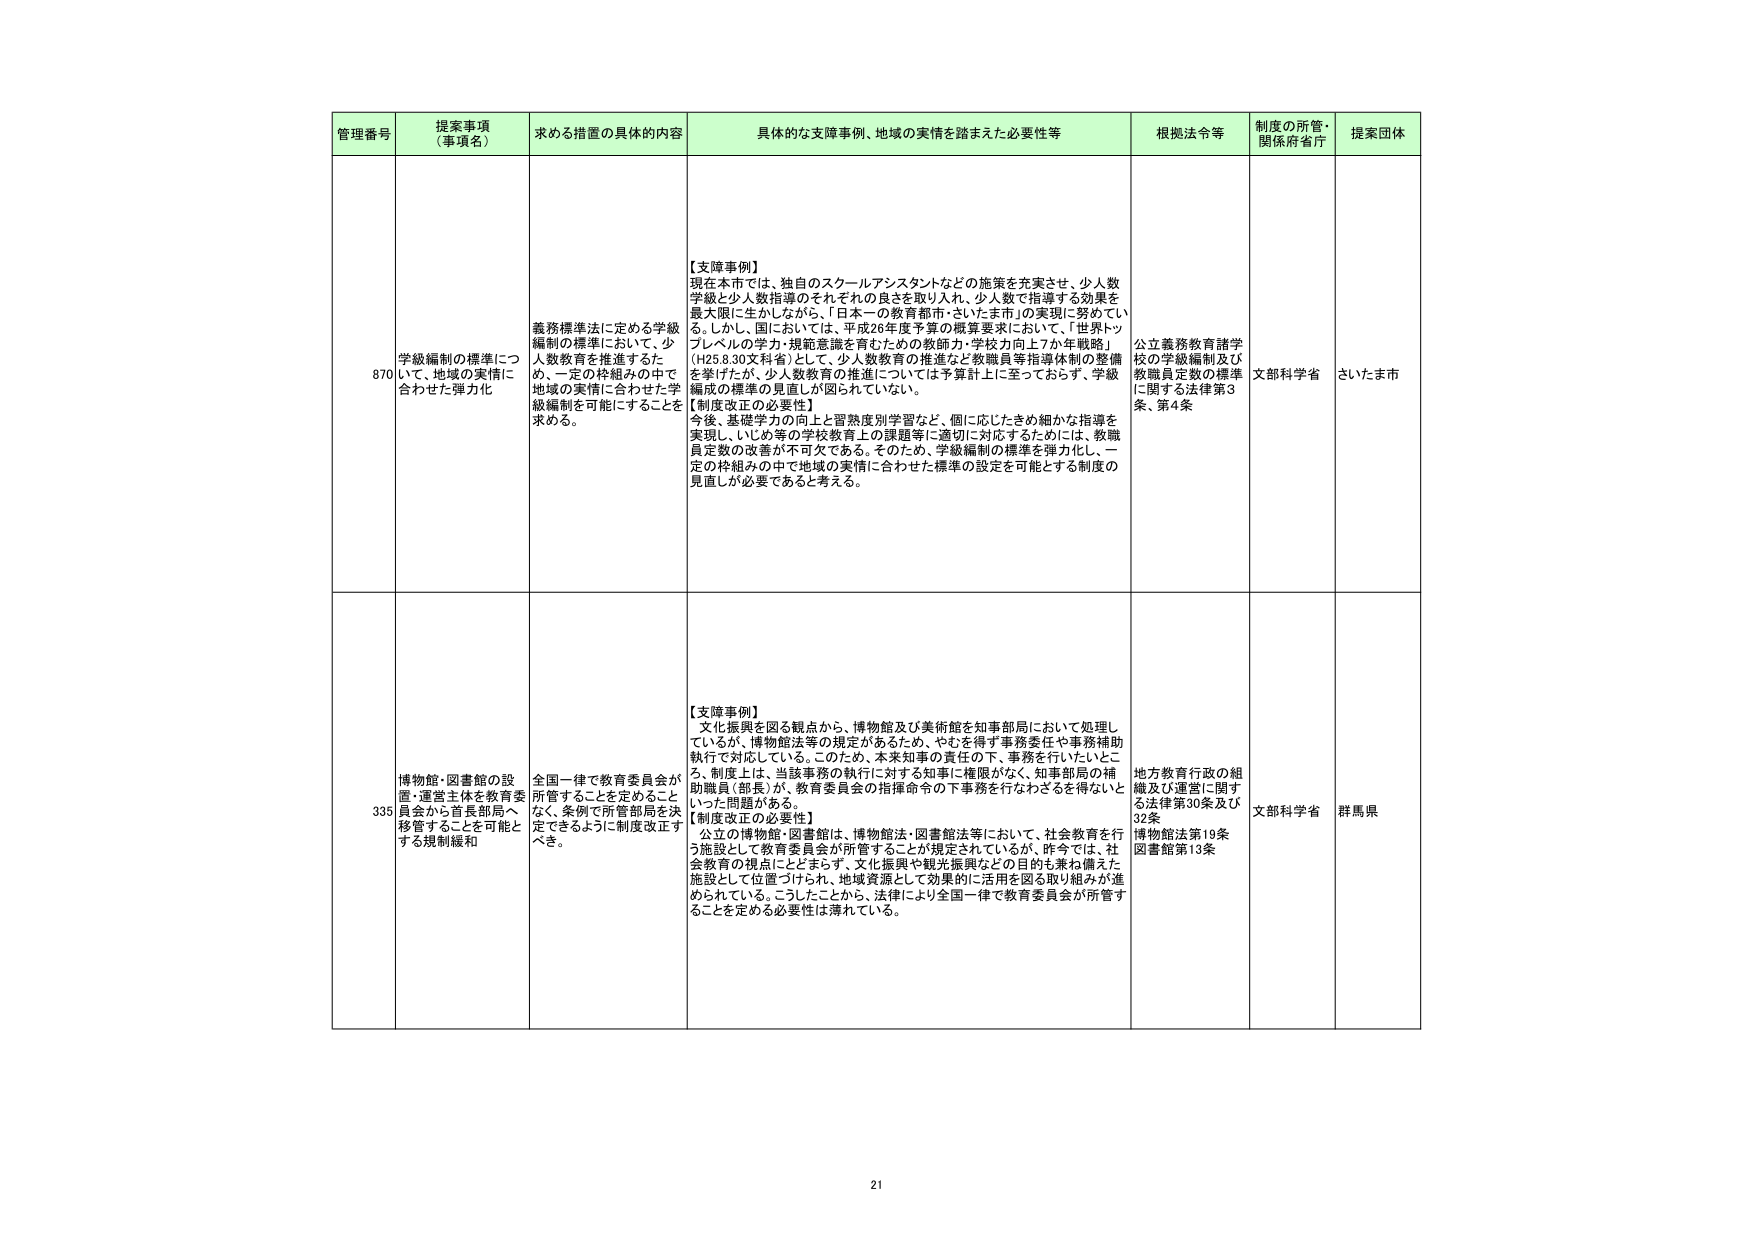
管理番号 提案事項（事項名） 求める措置の具体的内容 具体的な支障事例、地域の実情を踏まえた必要性等 根拠法令等 制度の所管・関係府省庁 提案団体
870 学級編制の標準について、地域の実情に合わせた弾力化 義務標準法に定める学級編制の標準において、少人数教育を推進するため、一定の枠組みの中で地域の実情に合わせた学級編制を可能にすることを求める。 【支障事例】 現在本市では、独自のスクールアシスタントなどの施策を充実させ、少人数学級と少人数指導のそれぞれの良さを取り入れ、少人数で指導する効果を最大限に生かしながら、「日本一の教育都市・さいたま市」の実現に努めてい る。しかし、国においては、平成26年度予算の概算要求において、「世界トッ プレベルの学力・規範意識を育むための教師力・学校力向上7か年戦略」 （H25.8.30文科省）として、少人数教育の推進など教職員等指導体制の整備 を挙げたが、少人数教育の推進については予算計上に至っておらず、学級 編成の標準の見直しが図られていない。 【制度改正の必要性】 今後、基礎学力の向上と習熟度別学習など、個に応じたきめ細かな指導を 実現し、いじめ等の学校教育上の課題等に適切に対応するためには、教職 員定数の改善が不可欠である。そのため、学級編制の標準を弾力化し、一 定の枠組みの中で地域の実情に合わせた標準の設定を可能とする制度の 見直しが必要であると考える。 公立義務教育諸学校の学級編制及び教職員定数の標準に関する法律第3条、第4条 文部科学省 さいたま市
335 博物館・図書館の設置・運営主体を教育委員会から首長部局へ移管することを可能とする規制緩和 全国一律で教育委員会が所管することを定めることなく、条例で所管部局を決定できるように制度改正すべき。 【支障事例】 文化振興を図る観点から、博物館及び美術館を知事部局において処理し ているが、博物館法等の規定があるため、やむを得ず事務委任や事務補助 執行で対応している。このため、本来知事の責任の下、事務を行いたいと ころ、制度上は、当該事務の執行に対する知事に権限がなく、知事部局の補 助職員（部長）が、教育委員会の指揮命令の下事務を行なざるを得ないといった問題がある。 【制度改正の必要性】 公立の博物館・図書館は、博物館法・図書館法等において、社会教育を行う施設として教育委員会が所管することが規定されているが、昨今では、社会教育の視点にとどまらず、文化振興や観光振興などの目的も兼ね備えた施設として位置づけられ、地域資源として効果的に活用を図る取り組みが進められている。こうしたことから、法律により全国一律で教育委員会が所管することを定める必要性は薄れている。 地方教育行政の組織及び運営に関する法律第30条及び32条 博物館法第19条 図書館法第13条 文部科学省 群馬県
21